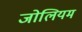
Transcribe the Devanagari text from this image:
जोलियम